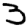
Digit: 3